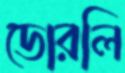
ডোরলি